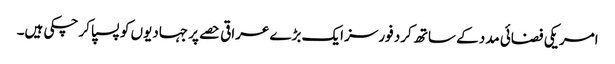
امریکی فضائی مدد کے ساتھ کرد فورسز ایک بڑے عراقی حصے پر جہادیوں کو پسپا کر چکی ہیں۔